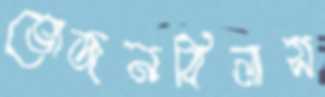
ভোজনবিলাস